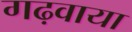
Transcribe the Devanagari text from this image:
गढ़वाया